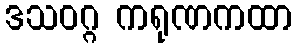
ဒသဝဂ္ဂ ကရုဏကထာ